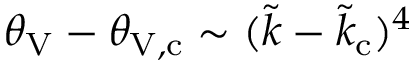
\theta _ { \mathrm { V } } - \theta _ { \mathrm { V } , \mathrm { c } } \sim ( \tilde { k } - \tilde { k } _ { \mathrm { c } } ) ^ { 4 }